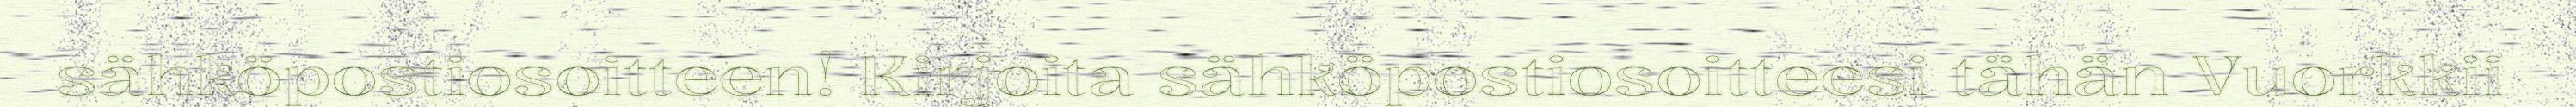
sähköpostiosoitteen! Kirjoita sähköpostiosoitteesi tähän Vuorkkii